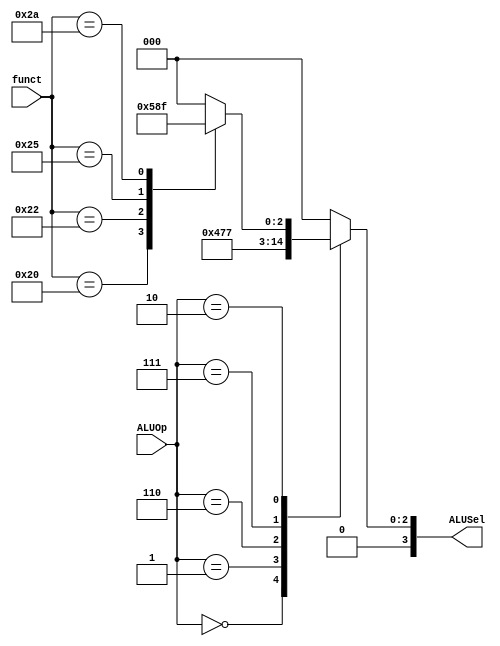
module ALUControl(
	input [5:0] funct,
	input [2:0] ALUOp,
	output reg [3:0]ALUSel
);

 always @(*) begin
  case (ALUOp)
   3'b000: ALUSel = 4'b0010; // add (para lw, sw, addi)
   3'b001: ALUSel = 4'b0001; // ori
   3'b011: ALUSel = 4'b0000; // andi
   3'b110: ALUSel = 4'b0110; // beq (resta)
   3'b111: ALUSel = 4'b0111; // slti
   3'b010: begin // tipo R
    case (funct)
     6'b100000: ALUSel = 4'b0010; // add
     6'b100010: ALUSel = 4'b0110; // sub
     6'b100101: ALUSel = 4'b0001; // or
     6'b100100: ALUSel = 4'b0000; // and
     6'b101010: ALUSel = 4'b0111; // slt
     6'b000000: ALUSel = 4'b0000; // nop (se trata como un and)
     default: ALUSel = 4'b0000;
    endcase
   end
   default: ALUSel = 4'b0000;
  endcase
 end
endmodule